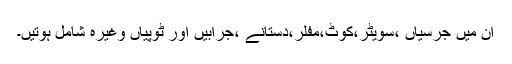
ان میں جرسیاں ،سویٹر،کوٹ،مفلر،دستانے ،جرابیں اور ٹوپیاں وغیرہ شامل ہوتیں۔